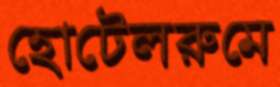
হোটেলরুমে